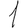
Digit: 1